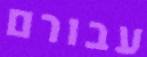
עבורם